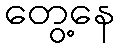
တွေ့နေ